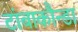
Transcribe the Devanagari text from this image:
टांबाकौन्डा